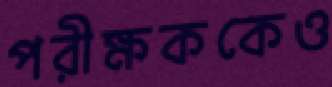
পরীক্ষককেও